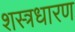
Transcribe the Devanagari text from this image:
शस्त्रधारण